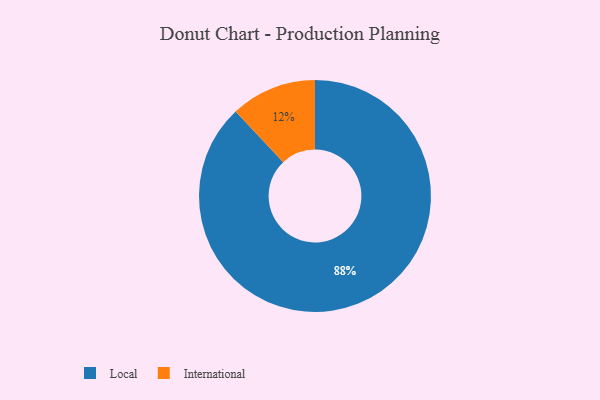
{"axis": {"x": "Category", "y": "Percentage"}, "legend": ["International", "Local"], "data": [{"x": "Local", "y": 88, "type": "Local"}, {"x": "International", "y": 12, "type": "International"}]}